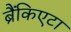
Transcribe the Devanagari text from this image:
ब्रैंकिएटा